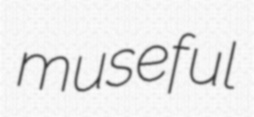
museful